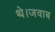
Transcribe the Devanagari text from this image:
थे।जवाब